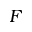
\boldsymbol { F }